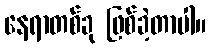
နေရာတစ်ခု ဖြစ်ခဲ့တာပါ။